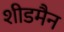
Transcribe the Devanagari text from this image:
शीडमैन